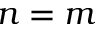
n = m